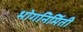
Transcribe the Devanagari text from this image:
भोगनिर्मिती